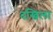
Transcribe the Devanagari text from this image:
दखिला